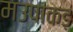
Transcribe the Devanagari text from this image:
मउपाकड़